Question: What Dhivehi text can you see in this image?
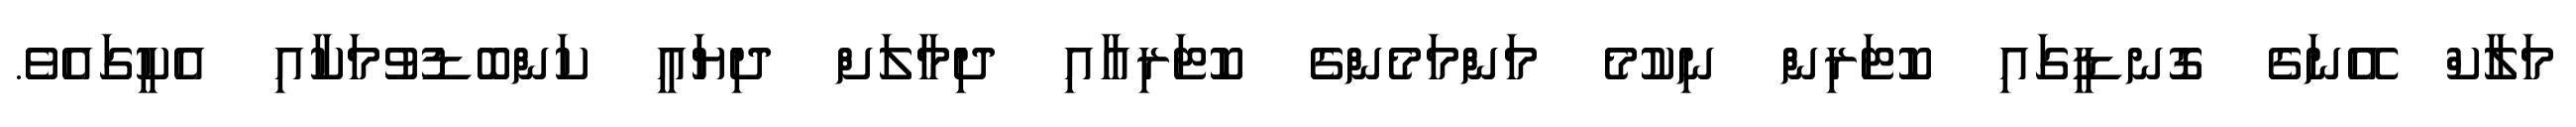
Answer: މަލާކް އޭނަގެ ގޮނޑީގައި ކޮޓަރިން ނިކުމެ މަންމަމެންގެ ކޮޓަރިއާއި ދިމާލަށް ދިޔައީ ކަންބޮޑުވުމަކާއި އެކީގައެވެ.